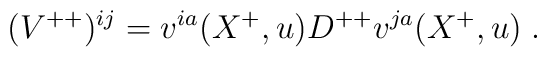
({ V}^{++})^{ij} = v^{ia}(X^+,u)D^{++}v^{ja}(X^+,u)\; .